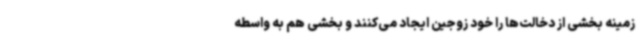
زمینه بخشی از دخالت‌ها را خود زوجین ایجاد می‌کنند و بخشی هم به واسطه